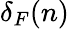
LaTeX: \delta_{F}(n)